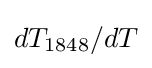
dT_{1848}/dT